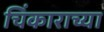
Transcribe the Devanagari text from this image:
चिंकाराच्या